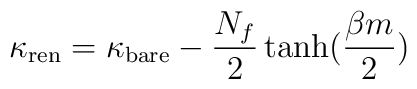
\kappa_{\rm ren}=\kappa_{\rm bare}-\frac{N_f}{2}\tanh(\frac{\beta m}{2})